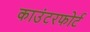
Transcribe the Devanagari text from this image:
काउंटरफोर्ट